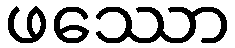
ဖဿော